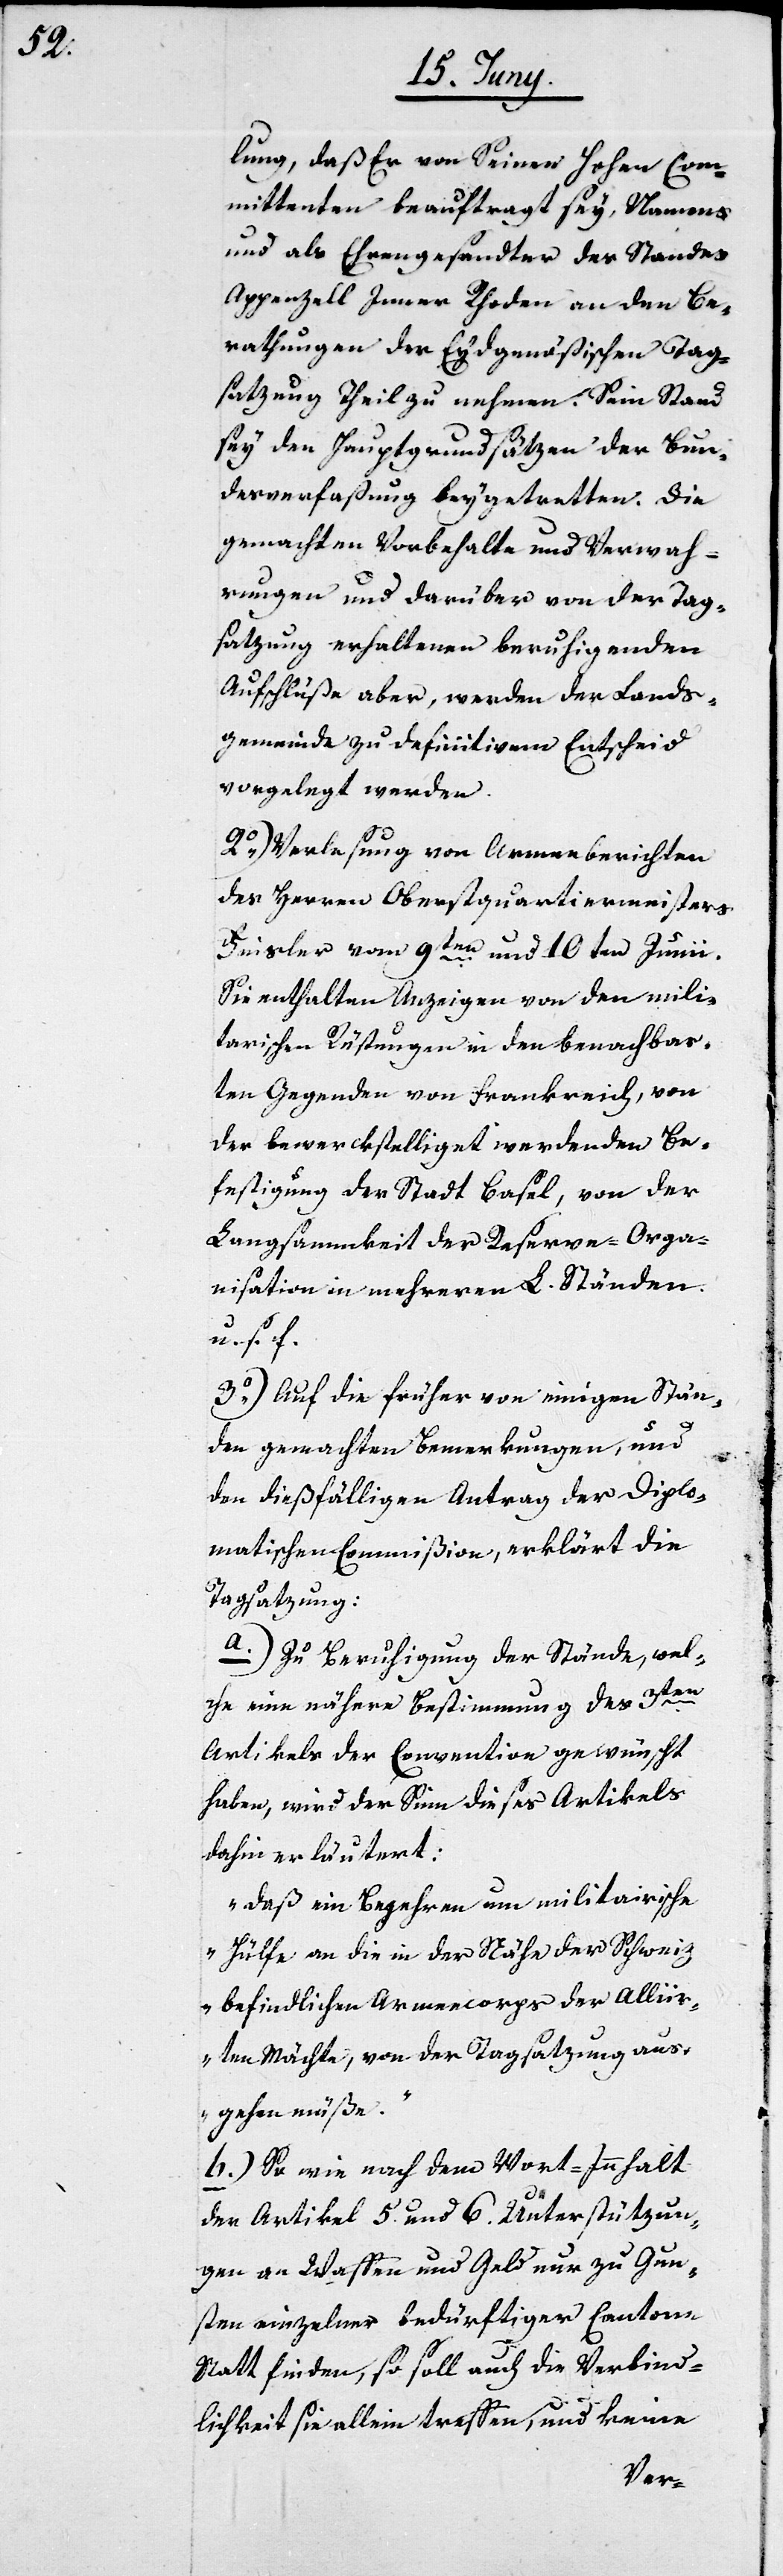
lung, daß Er von Seinen Hohen Com¬
mittenten beauftragt sey, Namens
und als Ehrgesandter des Standes
Appenzell Inner Rhoden an den Be¬
rathungen der Eydgenößischen Tag¬
satzung Theil zu nehmen. Sein Stand
sey den Hauptgrundsätzen der Bun¬
desverfaßung beygetretten. Die
gemachten Vorbehalte und Verwah¬
rungen und darüber von der Tag¬
satzung erhaltenen beruhigenden
Aufschlüße aber, werden der Lands¬
gemeinde zu definitivem Entscheid
vorgelegt werden.
2o) Verlesung von Armeeberichten
des Herrn Oberstquartiermeisters
Finsler vom 9ten und10ten Junii.
Sie enthalten Anzeigen von den mili¬
tarischen Rüstungen in den benachbar¬
ten Gegenden von Frankreich, von
der bewerkstelliget werdenden Be¬
festigung der Stadt Basel, von der
Langsammkeit der Reserve-Orga¬
nisation in mehreren L. Ständen
u. s. f.
3o) Auf die früher von einigen Stän¬
den gemachten Bemerkungen, und
den dießfälligen Antrag der Diplo¬
matischen Commißion, erklärt die
Tagsatzung:
a.) Zu Beruhigung der Stände, wel¬
che eine nähere Bestimmung des 3ten
Artikels der Convention gewünscht
haben, wird der Sinn dieses Artikels
dahin erläutert:
„Daß ein Begehren um militairische
Hülfe an die in der Nähe der Schweiz
befindlichen Armeecorps der Alliir¬
ten Mächte, von der Tagsatzung aus¬
gehen müße.“
b.) So wie nach dem Wort-Innhalt
der Artikel 5. und 6. Unterstützun¬
gen an Waffen und Geld nur zu Gun¬
sten einzelner bedürftiger Cantone
Statt finden, so soll auch die Verbind¬
lichkeit sie allein treffen, und keine